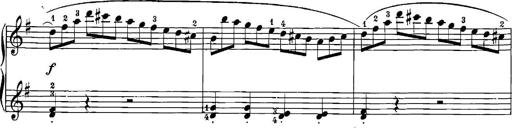
Title: 12 Sonatinas
Composer: Ignaz Pleyel